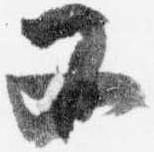
又